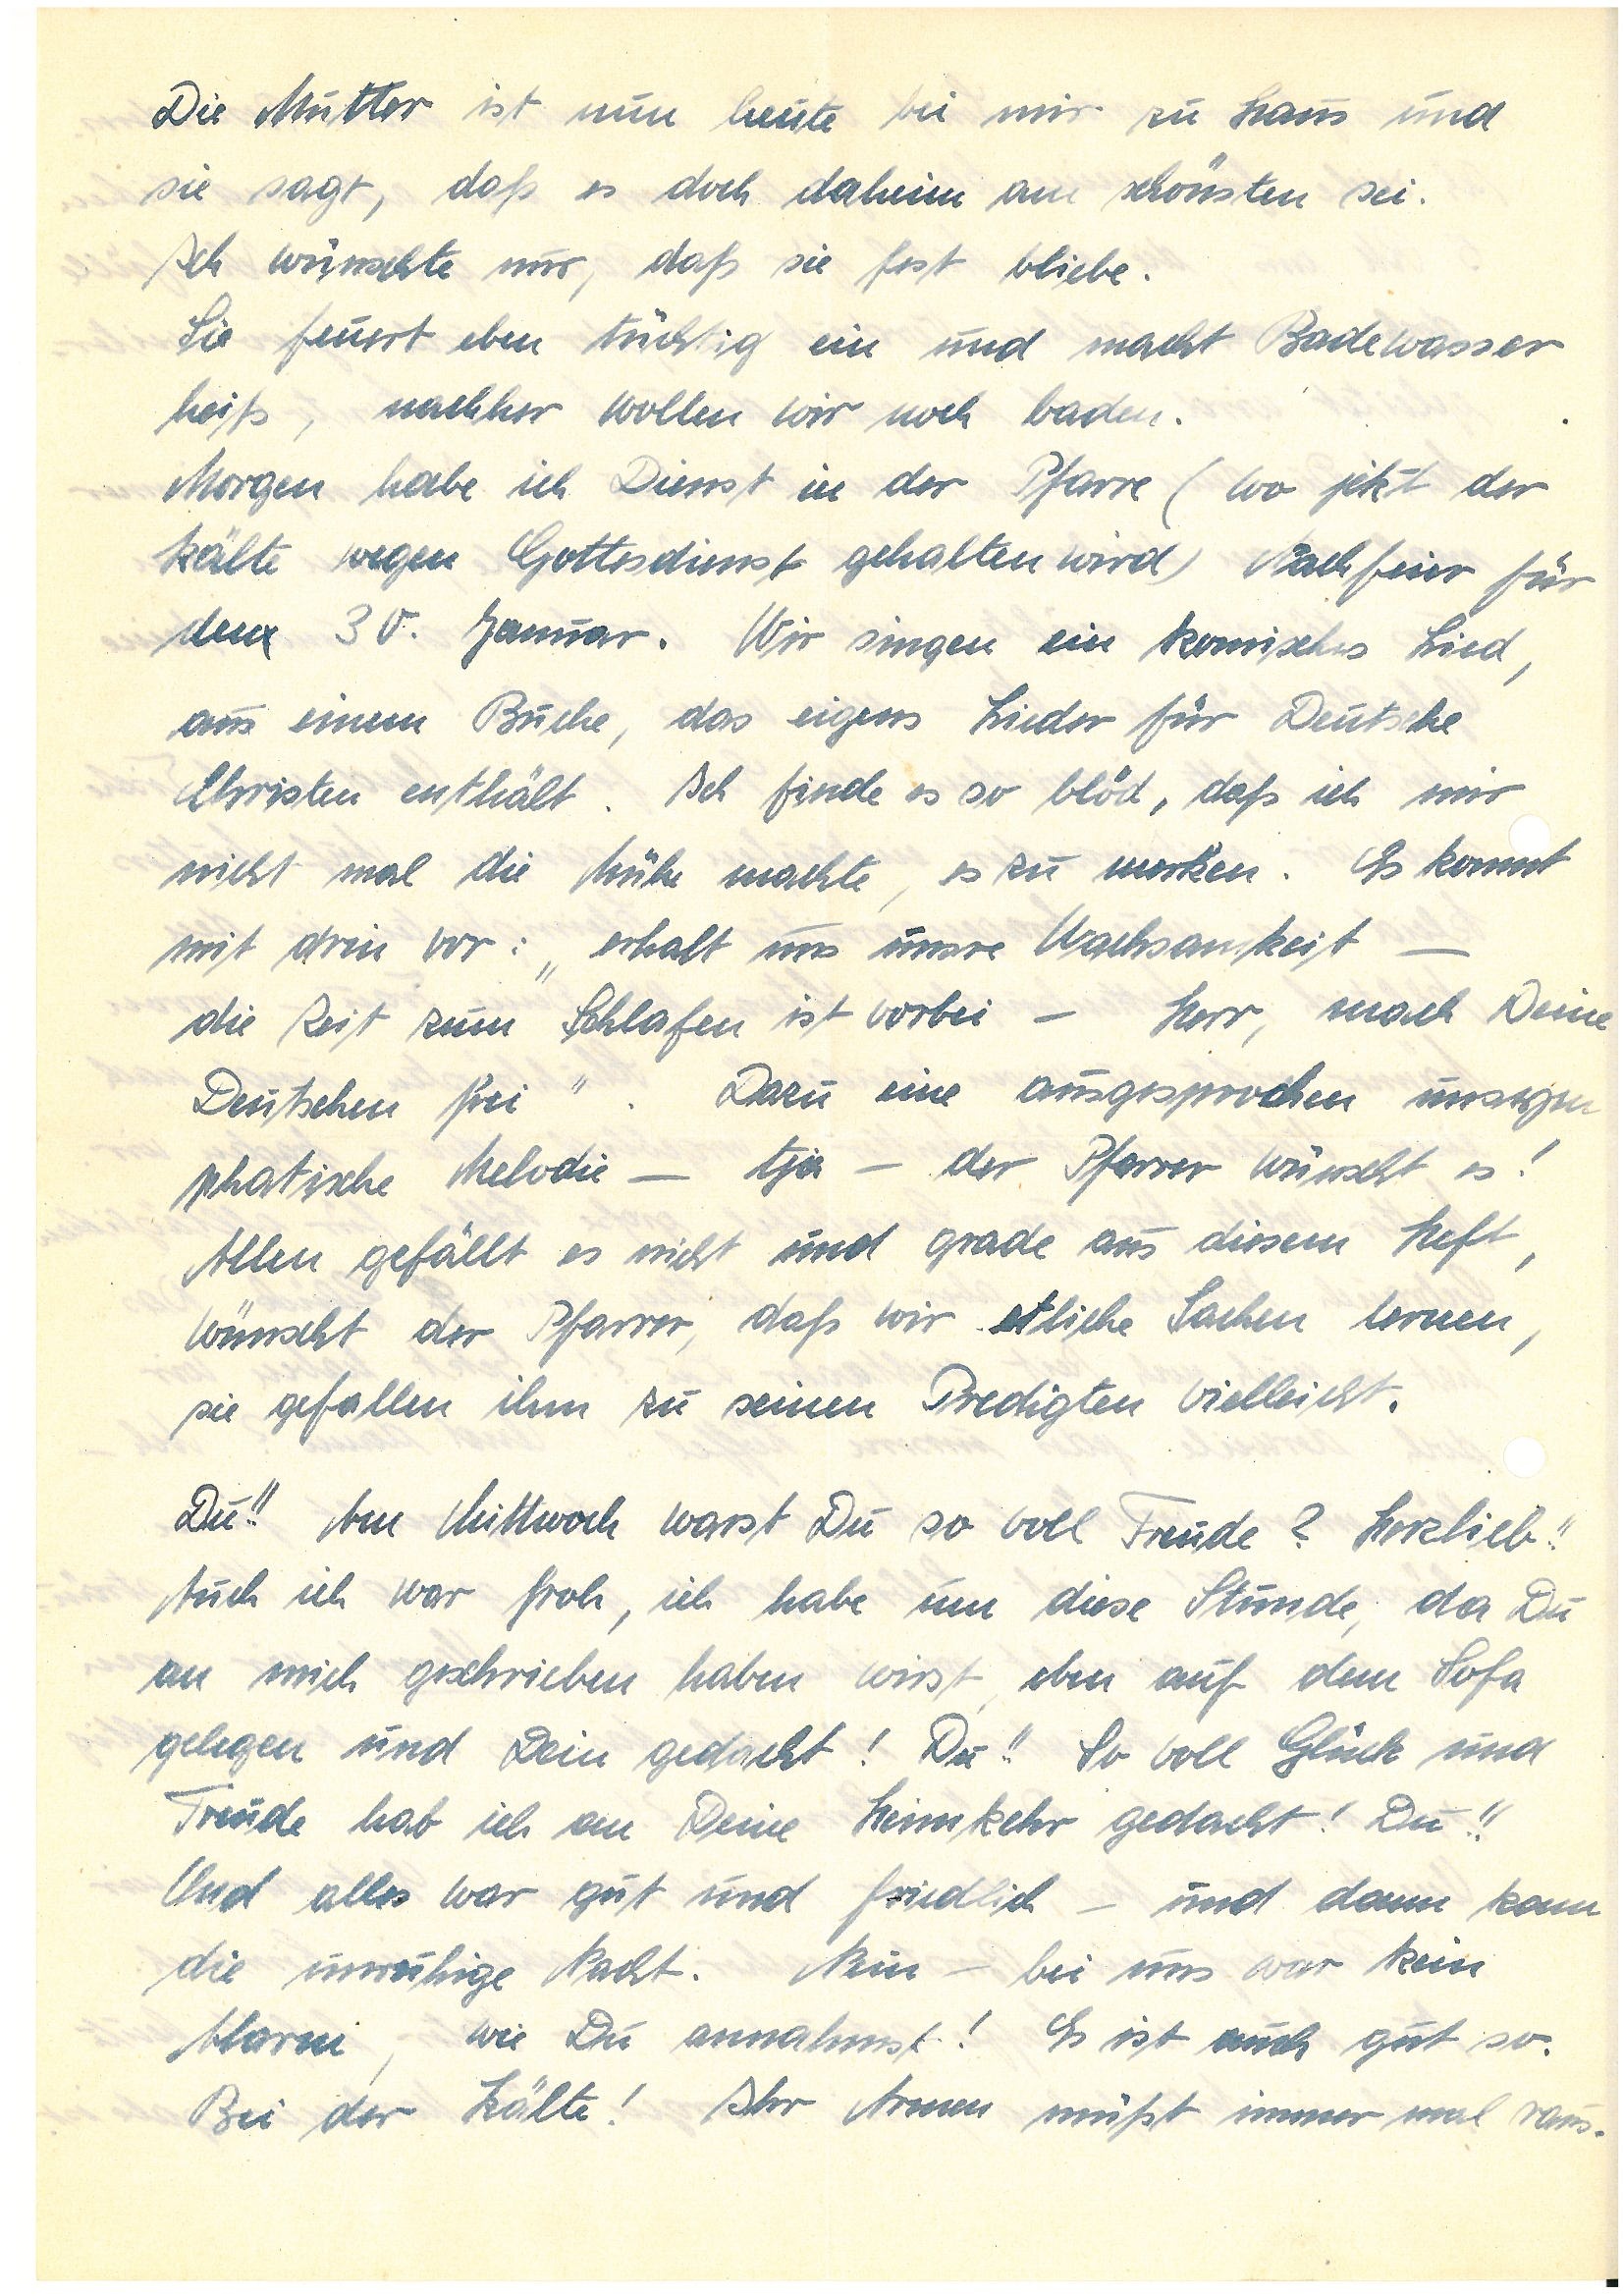
Die Mutter ist nun heute bei mir zu Haus und
sie sagt, daß es doch daheim am schönsten sei.
Ich wünschte nur, daß sie fest bliebe.
Sie feuert eben tüchtig ein und macht Badewasser
heiß, nachher wollen wir noch baden.
Morgen habe ich Dienst in der Pfarre (wo jetzt der
Kälte wegen Gottesdienst gehalten wird) Nachfeier für
den 30. Januar. Wir singen ein komisches Lied,
aus einem Buche, das eigens Lieder für Deutsche
Christen enthält. Ich finde es so blöd, daß ich mir
nicht mal die Mühe machte, es zu merken. Es kommt
mit drin vor: „erhalt uns unsre Wachsamkeit –
die Zeit zum Schlafen ist vorbei – Herr, mach Deine
Deutschen frei”. Dazu eine ausgesprochen unsym¬
pathische Melodie – tja – der Pfarrer wünscht es!
Allen gefällt es nicht und grade aus diesem Heft,
wünscht der Pfarrer, daß wir etliche Sachen lernen,
sie gefallen ihm zu seinen Predigten vielleicht.
Du!! Am Mittwoch warst Du so voll Freude? Herzlieb!!
Auch ich war froh, ich habe um diese Stunde, da Du
mir geschrieben haben wirst, eben auf dem Sofa
gelegen und Dein gedacht! Du!! So voll Glück und
Freude hab ich an Deine Heimkehr gedacht! Du!!
Und alles war gut und friedlich – und dann kam
die unruhige Nacht. Nein – bei uns war kein
Alarm, wie Du annahmst! Es ist auch gut so.
Bei der Kälte! Ihr Armen müßt immer mal raus.